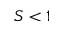
S < 1